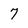
Character: 7